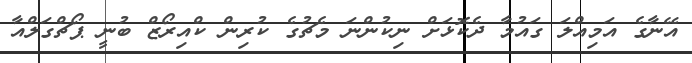
އޭނާގެ އަމިއްލަ ގައުމާ ދެކޮޅަށް ނިކުންނަ މެޗުގެ ކުރިން ކްއިރޯޒް ބުނީ ޕޯޗްގަލްއާ